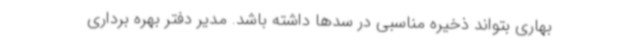
بهاری بتواند ذخیره مناسبی در سدها داشته باشد. مدیر دفتر بهره برداری